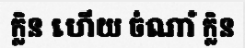
ក្លិន ហើយ ចំណាំ ក្លិន